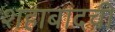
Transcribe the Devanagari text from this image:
शहाबादची